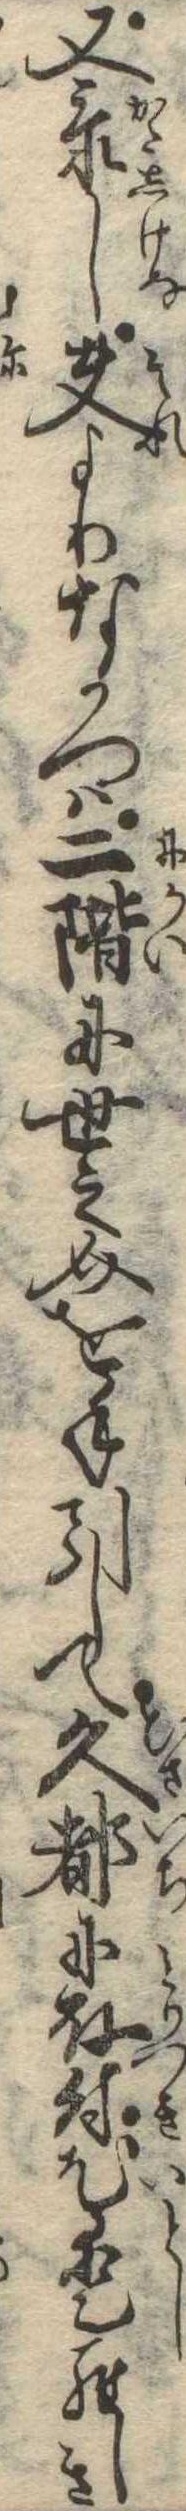
又忝し夫よりなかつは二階に世之介を手引して久都に取付尤愛らしき